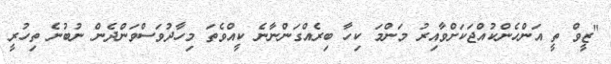
"ޒީވް ތީ އަންހެންކުއްޖަކަށްވާއިރު މަންމަ ކިހާ ބިރެއްގަންނާނެ ކީއްވެތަ މިހާދުވަސްވަންދެން ނުބުނެ ތިހުރީ